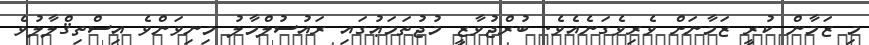
މި ޒަމާން ކުރީ ޒަމާނަށް ވެރިވެގަނެއެވެ. ބުރްޖުވާޒީ މުޖުތަމަޢުގައި ރައުސުލްމާލު މިނިވަންވެ އިސްތިޤްލާލުވެ